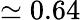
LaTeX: \simeq 0.64